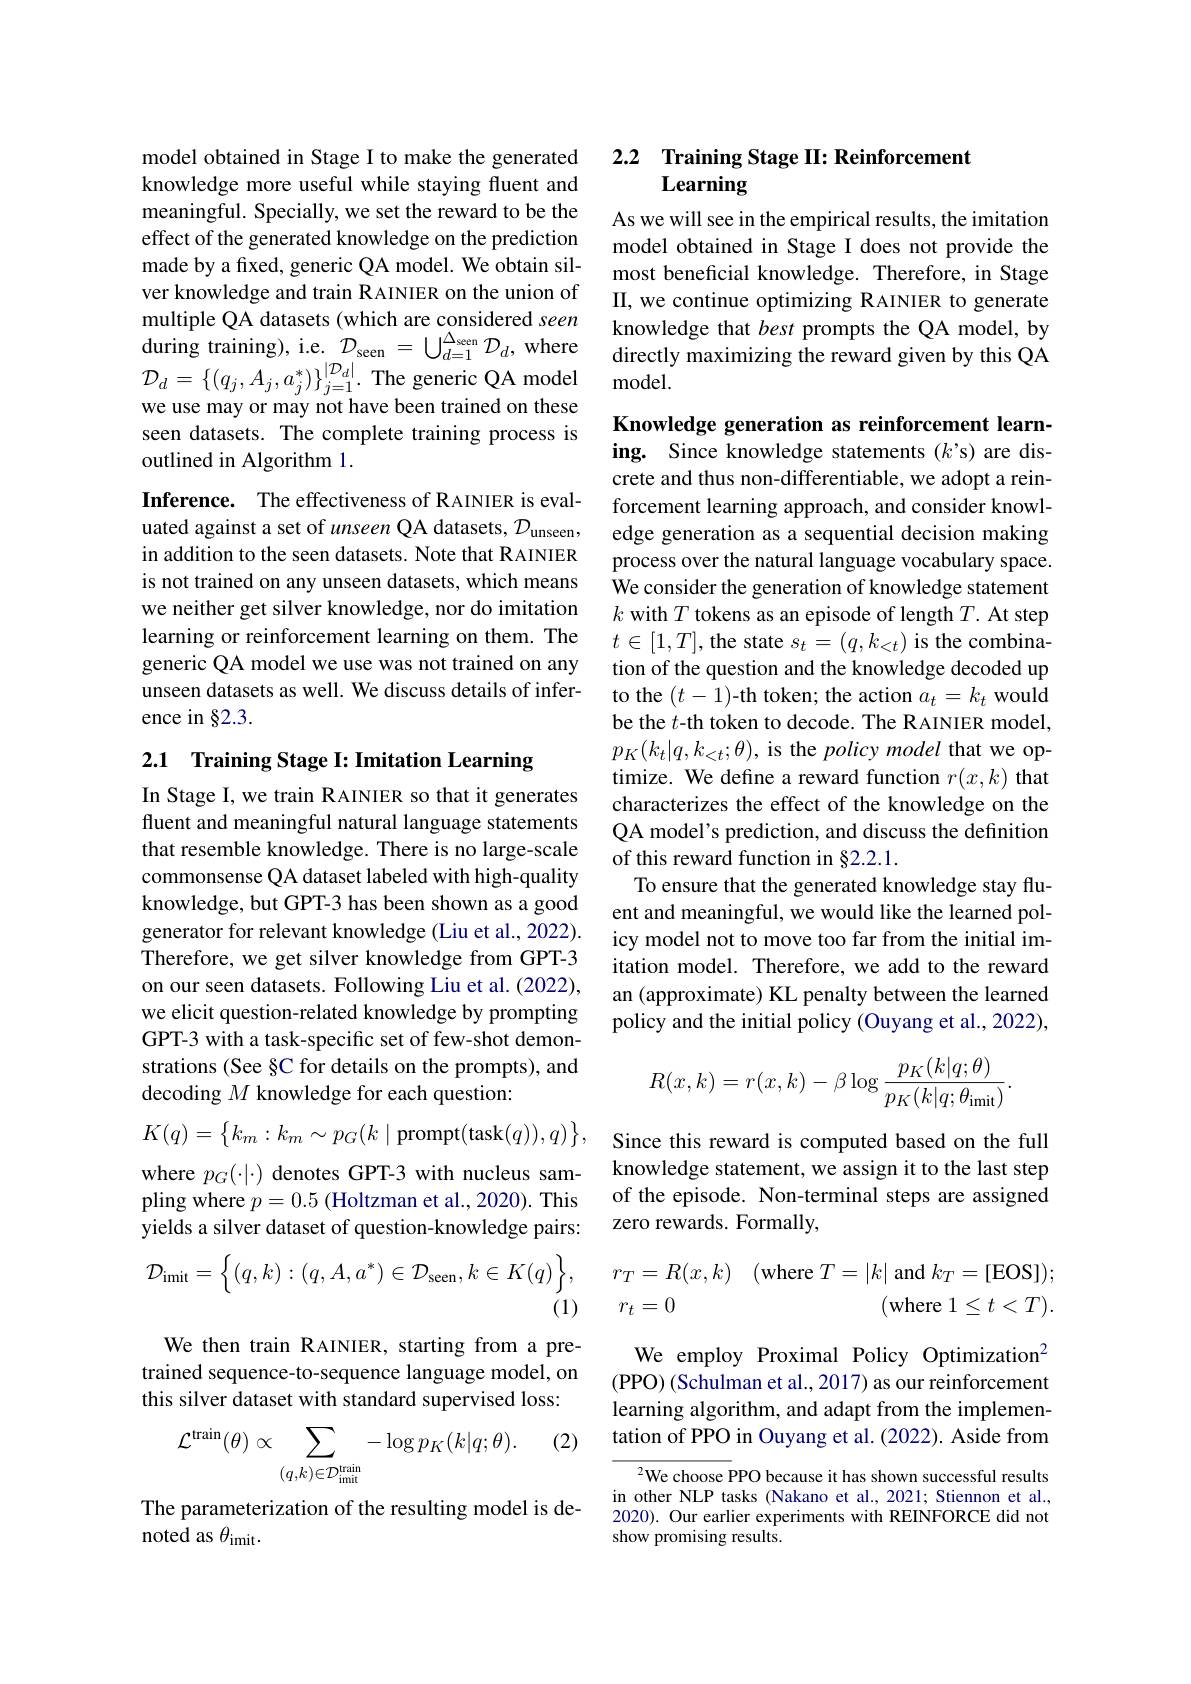
model obtained in Stage I to make the generated knowledge more useful while staying fluent and meaningful. Specially, we set the reward to be the effect of the generated knowledge on the prediction made by a fixed, generic QA model. We obtain silver knowledge and train RAINIER on the union of multiple QA datasets (which are considered seen we use may or may not have been trained on these seen datasets. The complete training process is outlined in Algorithm 1.
Inference. The effectiveness of RAINIER is evaluated against a set of unseen QA datasets, $\mathcal{D}_\mathrm{unseen}$, in addition to the seen datasets. Note that RAINIER is not trained on any unseen datasets, which means we neither get silver knowledge, nor do imitation learning or reinforcement learning on them. The generic QA model we use was not trained on any unseen datasets as well. We discuss details of inference in §2.3.

2.1 Training Stage I: Imitation Learning

In Stage I, we train RAINIER so that it generates fluent and meaningful natural language statements that resemble knowledge. There is no large-scale commonsense QA dataset labeled with high-quality knowledge, but GPT-3 has been shown as a good generator for relevant knowledge (Liu et al., 2022). Therefore, we get silver knowledge from GPT-3 on our seen datasets. Following Liu et al. (2022), we elicit question-related knowledge by prompting GPT-3 with a task-specific set of few-shot demonstrations (See §C for details on the prompts), and decoding $M$ knowledge for each question:

$K(q)=\begin{Bmatrix}k_m:k_m\sim p_G(k\mid\text{prompt}(\text{task}(q)),q)\end{Bmatrix}$,

where $p_G(\cdot|\cdot)$ denotes GPT-3 with nucleus sampling where $p= 0. 5\allowbreak ( {\mathrm{mod}} $tzman et al. , 2020) . This) yields a silver dataset of question-knowledge pairs:
$$\mathcal{D}_{\mathrm{imit}}=\Big\{(q,k):(q,A,a^{*})\in\mathcal{D}_{\mathrm{seen}},k\in K(q)\Big\},$$
(1)

We then train RAINIER, starting from a pretrained sequence-to-sequence language model, on this silver dataset with standard supervised loss:

(2)
$$\mathcal{L}^{\mathrm{train}}(\theta)\propto\sum_{(q,k)\in\mathcal{D}_{\mathrm{imit}}^{\mathrm{train}}}-\log p_{K}(k|q;\theta).$$
The parameterization of the resulting model is de-
noted as $\theta_\mathrm{imit}.$

## 2.2 Training Stage II: Reinforcement Learning

As we will see in the empirical results, the imitation model obtained in Stage I does not provide the most beneficial knowledge. Therefore, in Stage II, we continue optimizing RAINIER to generate knowledge that best prompts the QA model, by
$\begin{aligned}&\text{during training), i.e. }\mathcal{D}_{\mathrm{seen}}=\bigcup_{d=1}^{\Delta_{\mathrm{sen}}}\mathcal{D}_{d},\mathrm{~where}&\text{kiowleuge that }Des\iota&\text{plompls ule QA inouel, by}\\&\mathcal{D}_{d}=\{(q_{j},A_{j},a_{j}^{*})\}_{j=1}^{|\mathcal{D}_{d}|}.\text{ The generic QA model}&\text{model.}\end{aligned}$

Knowledge generation as reinforcement learning. Since knowledge statements ($k’$s) are discrete and thus non-differentiable, we adopt a reinforcement learning approach, and consider knowledge generation as a sequential decision making process over the natural language vocabulary space. We consider the generation of knowledge statement $k$ with $T$ tokens as an episode of length $T.$ At step $t\in[1,T]$,the state $s_t=(q,k_<t)$ is the combination of the question and the knowledge decoded up to the $(t-1)$-th token; the action $a_t=k_t$ would be the $t$-th token to decode. The RAINIER model, $p_{K}(k_{t}|q,k_{<t};\theta)$, is the policy model that we optimize. We define a reward function $r(x,k)$ that characterizes the effect of the knowledge on the QA model's prediction, and discuss the definition of this reward function in §2.2.1.
To ensure that the generated knowledge stay fluent and meaningful, we would like the learned policy model not to move too far from the initial imitation model. Therefore, we add to the reward an (approximate) KL penalty between the learned policy and the initial policy (Ouyang et al., 2022),
$$R(x,k)=r(x,k)-\beta\log\frac{p_K(k|q;\theta)}{p_K(k|q;\theta_{\mathrm{imit}})}.$$
Since this reward is computed based on the full knowledge statement, we assign it to the last step of the episode. Non-terminal steps are assigned zero rewards. Formally,

$r_{T}= R( x, k)$ (where $T=|k|$ and $k_T=[$EOS]);
(where $1\leq t<T).$
$r_t=0$

We employ Proximal Policy Optimization$^{2}$ (PPO) (Schulman et al., 2017) as our reinforcement learning algorithm, and adapt from the implementation of PPO in Ouyang et al. (2022). Aside from

$^{2}$We choose PPO because it has shown successful results in other NLP tasks (Nakano et al., 2021; Stiennon et al., 2020). Our earlier experiments with REINFORCE did not show promising results.